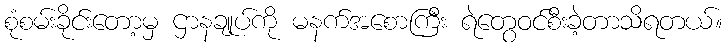
စုံစမ်းခိုင်းတော့မှ ဌာနချုပ်ကို မနက်အစောကြီး ရဲတွေဝင်စီးခဲ့တာသိရတယ်။